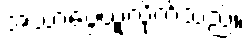
အသာပွေ့ယူလိုက်သည်။